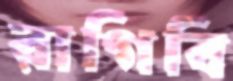
রাগিবি